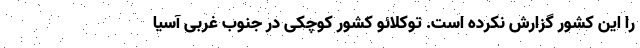
را این کشور گزارش نکرده است. توکلائو کشور کوچکی در جنوب غربی آسیا